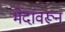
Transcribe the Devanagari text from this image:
भेदांवरून